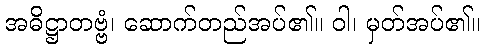
အဓိဋ္ဌာတဗ္ဗံ၊ ဆောက်တည်အပ်၏။ ဝါ၊ မှတ်အပ်၏။